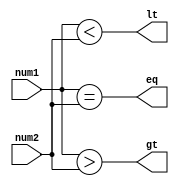
module serial_comparator(
    input [3:0] num1,
    input [3:0] num2,
    output eq,
    output gt,
    output lt
);

assign eq = (num1 == num2);
assign gt = (num1 > num2);
assign lt = (num1 < num2);

endmodule